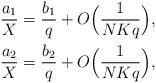
LaTeX: \begin{align*}\frac{a_1}{X}&=\frac{b_1}{q}+O\Bigl(\frac{1}{N K q}\Bigr),\\\frac{a_2}{X}&=\frac{b_2}{q}+O\Bigl(\frac{1}{N K q}\Bigr),\end{align*}